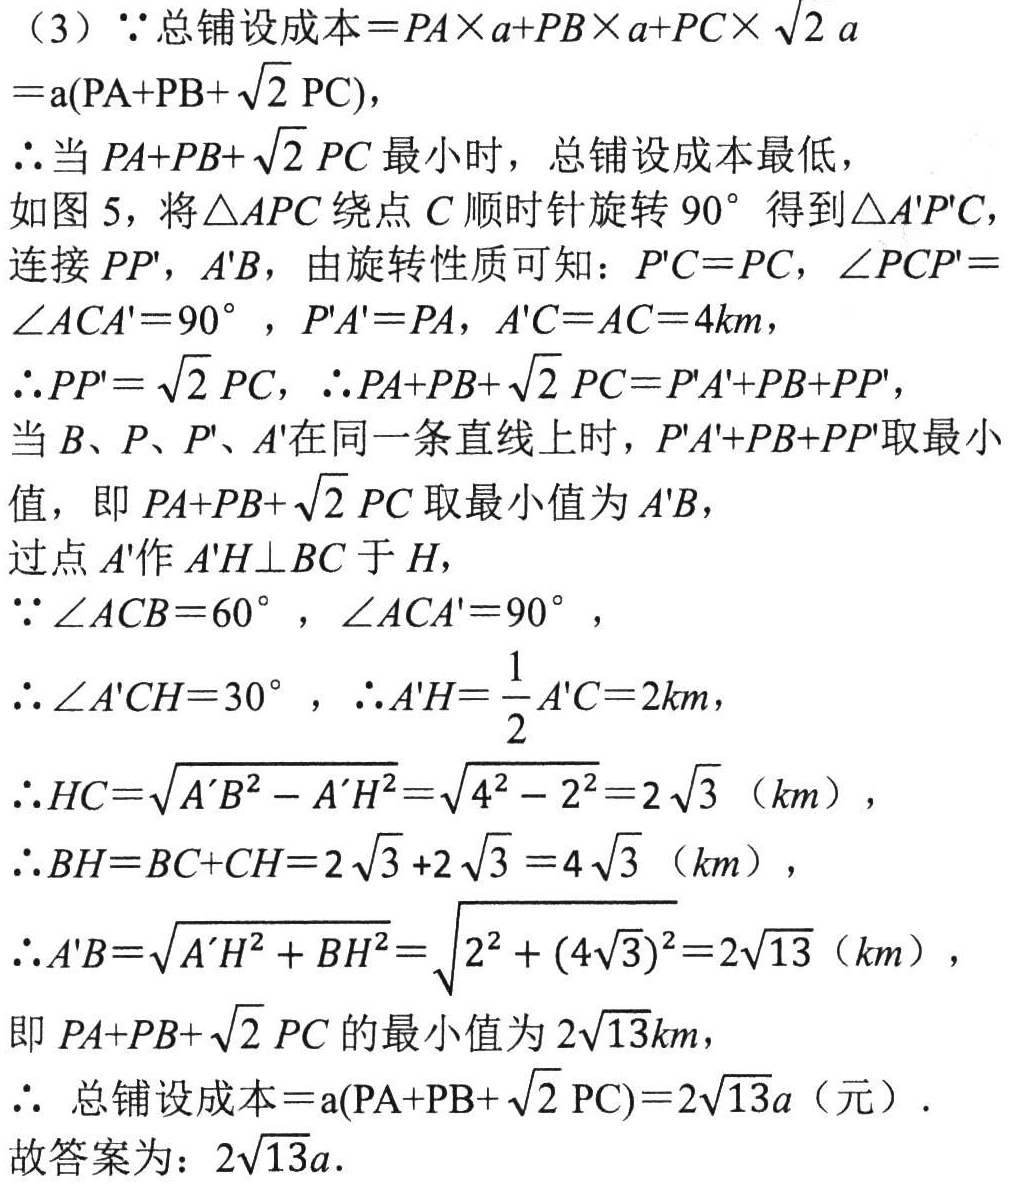
（3）\(\because\)总铺设成本\( = PA\times a + PB\times a+ PC\times\sqrt{2}a\)

\(=a(PA + PB+\sqrt{2}PC)\)，

\(\therefore\)当\(PA + PB+\sqrt{2}PC\)最小时，总铺设成本最低，

如图 5，将\(\triangle APC\)绕点\(C\)顺时针旋转\(90^{\circ}\)得到\(\triangle A'P'C\)，

连接\(PP'\)，\(A'B\)，由旋转性质可知：\(P'C = PC\)，\(\angle PCP'=\angle ACA' = 90^{\circ}\)，\(P'A' = PA\)，\(A'C = AC = 4km\)，

\(\therefore PP'=\sqrt{2}PC\)，\(\therefore PA + PB+\sqrt{2}PC=P'A'+PB + PP'\)，

当\(B\)、\(P\)、\(P'\)、\(A'\)在同一条直线上时，\(P'A'+PB + PP'\)取最小值，即\(PA + PB+\sqrt{2}PC\)取最小值为\(A'B\)，

过点\(A'\)作\(A'H\perp BC\)于\(H\)，

\(\because\angle ACB = 60^{\circ}\)，\(\angle ACA' = 90^{\circ}\)，

\(\therefore\angle A'CH = 30^{\circ}\)，\(\therefore A'H=\dfrac{1}{2}A'C = 2km\)，

\(\therefore HC=\sqrt{A'B^{2}-A'H^{2}}=\sqrt{4^{2}-2^{2}} = 2\sqrt{3}\)（\(km\)），

\(\therefore BH=BC + CH=2\sqrt{3}+2\sqrt{3}=4\sqrt{3}\)（\(km\)），

\(\therefore A'B=\sqrt{A'H^{2}+BH^{2}}=\sqrt{2^{2}+(4\sqrt{3})^{2}} = 2\sqrt{13}\)（\(km\)），

即\(PA + PB+\sqrt{2}PC\)的最小值为\(2\sqrt{13}km\)，

\(\therefore\) 总铺设成本\(=a(PA + PB+\sqrt{2}PC)=2\sqrt{13}a\)（元）.

故答案为：\(2\sqrt{13}a\).